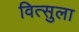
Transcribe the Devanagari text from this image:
वित्सुला